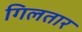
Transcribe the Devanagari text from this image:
गिलतार